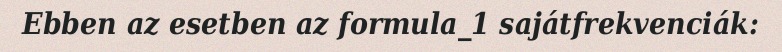
Ebben az esetben az formula_1 sajátfrekvenciák: